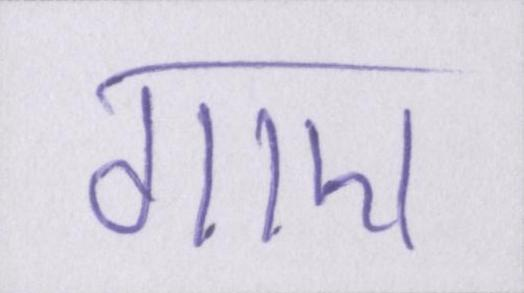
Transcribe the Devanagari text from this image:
गाए